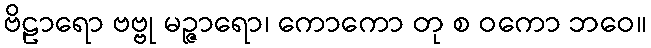
ဗိဠာရော ဗဗ္ဗု မဉ္ဇာရော၊ ကောကော တု စ ဝကော ဘဝေ။